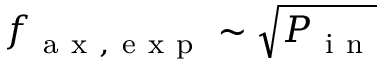
f _ { \mathrm { ~ a ~ x ~ , ~ e ~ x ~ p ~ } } \sim \sqrt { P _ { \mathrm { ~ i ~ n ~ } } }